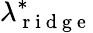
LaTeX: \lambda_{\mathrm{~r~i~d~g~e~}}^{\ast}